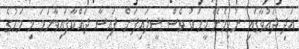
އަދި ދައުވާގައި ނުހިމެނޭ މީހަކު ވެސް ސީލައިފަށް ފައިސާ ދައްކާފައިވާނަމަ މި މަހުގެ